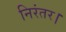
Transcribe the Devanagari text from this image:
निरंतर।